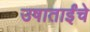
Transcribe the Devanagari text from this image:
उषाताईंचे